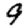
Digit: 9